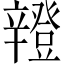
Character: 𨐸